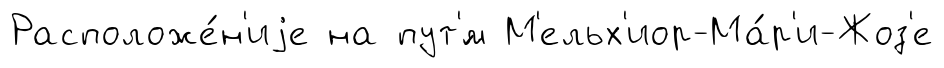
Расположе́н'иjе на пут'́м М'ельх'иор-Ма́р'и-Жоз'е